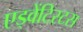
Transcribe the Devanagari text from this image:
एड्वेंटिस्टस